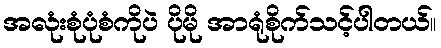
အလုံးစုံပုံစံကိုပဲ ပိုမို အာရုံစိုက်သင့်ပါတယ်။